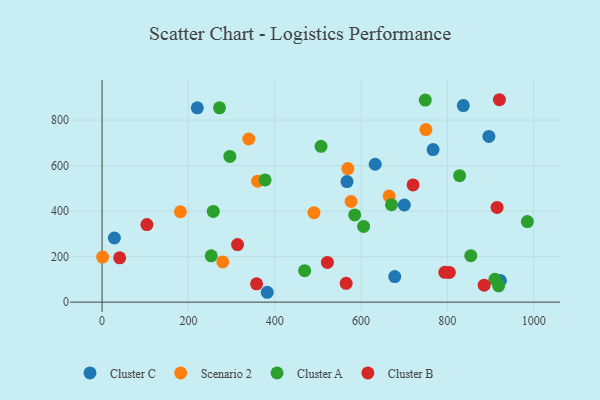
{"axis": {"x": "Speed", "y": "Demand"}, "legend": ["Cluster A", "Cluster B", "Cluster C", "Scenario 2"], "data": [{"x": "220.7", "y": 853.6, "type": "Cluster C"}, {"x": "678.1", "y": 112.3, "type": "Cluster C"}, {"x": "382.7", "y": 43.3, "type": "Cluster C"}, {"x": "896.2", "y": 727.9, "type": "Cluster C"}, {"x": "837.0", "y": 863.3, "type": "Cluster C"}, {"x": "632.8", "y": 605.6, "type": "Cluster C"}, {"x": "700.3", "y": 426.7, "type": "Cluster C"}, {"x": "766.9", "y": 670.1, "type": "Cluster C"}, {"x": "922.9", "y": 94.9, "type": "Cluster C"}, {"x": "28.5", "y": 281.7, "type": "Cluster C"}, {"x": "567.5", "y": 529.6, "type": "Cluster C"}, {"x": "1.3", "y": 197.9, "type": "Scenario 2"}, {"x": "569.5", "y": 586.7, "type": "Scenario 2"}, {"x": "665.2", "y": 465.9, "type": "Scenario 2"}, {"x": "360.4", "y": 531.2, "type": "Scenario 2"}, {"x": "491.0", "y": 393.1, "type": "Scenario 2"}, {"x": "339.9", "y": 716.5, "type": "Scenario 2"}, {"x": "750.3", "y": 758.0, "type": "Scenario 2"}, {"x": "181.5", "y": 397.0, "type": "Scenario 2"}, {"x": "279.7", "y": 176.6, "type": "Scenario 2"}, {"x": "576.8", "y": 442.1, "type": "Scenario 2"}, {"x": "748.8", "y": 887.7, "type": "Cluster A"}, {"x": "585.3", "y": 383.0, "type": "Cluster A"}, {"x": "918.8", "y": 71.7, "type": "Cluster A"}, {"x": "670.6", "y": 427.7, "type": "Cluster A"}, {"x": "605.9", "y": 332.6, "type": "Cluster A"}, {"x": "985.4", "y": 353.8, "type": "Cluster A"}, {"x": "272.1", "y": 853.5, "type": "Cluster A"}, {"x": "257.7", "y": 398.3, "type": "Cluster A"}, {"x": "252.9", "y": 203.2, "type": "Cluster A"}, {"x": "377.7", "y": 536.7, "type": "Cluster A"}, {"x": "507.3", "y": 684.6, "type": "Cluster A"}, {"x": "910.3", "y": 100.2, "type": "Cluster A"}, {"x": "854.3", "y": 204.1, "type": "Cluster A"}, {"x": "828.4", "y": 555.3, "type": "Cluster A"}, {"x": "296.1", "y": 639.9, "type": "Cluster A"}, {"x": "469.4", "y": 138.4, "type": "Cluster A"}, {"x": "915.2", "y": 416.1, "type": "Cluster B"}, {"x": "920.6", "y": 889.1, "type": "Cluster B"}, {"x": "313.9", "y": 252.9, "type": "Cluster B"}, {"x": "885.3", "y": 74.5, "type": "Cluster B"}, {"x": "720.6", "y": 515.0, "type": "Cluster B"}, {"x": "565.6", "y": 82.8, "type": "Cluster B"}, {"x": "40.8", "y": 194.5, "type": "Cluster B"}, {"x": "804.6", "y": 130.7, "type": "Cluster B"}, {"x": "103.9", "y": 340.5, "type": "Cluster B"}, {"x": "794.1", "y": 130.9, "type": "Cluster B"}, {"x": "358.0", "y": 80.2, "type": "Cluster B"}, {"x": "522.1", "y": 174.6, "type": "Cluster B"}]}